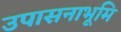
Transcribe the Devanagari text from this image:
उपासनाभूमि